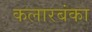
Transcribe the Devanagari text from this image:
कलारबंका